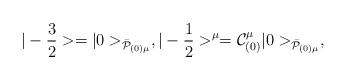
\begin{align*}|-{3\over 2}> = |0>_{{\bar{\cal P}}_{(0)\mu}} ,|-{1\over 2}>^\mu = {\cal C}_{(0)}^\mu|0>_{\bar{\cal P}_{(0)\mu}},\end{align*}